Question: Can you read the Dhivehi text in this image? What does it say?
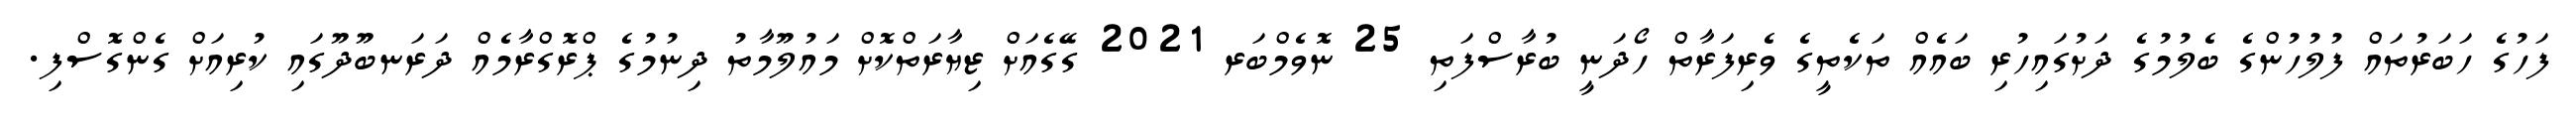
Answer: ފަހުގެ ހަބަރުތައް ފުލުހުންގެ ބެލުމުގެ ދަށުގައިހުރި ބައެއް ތަކެތީގެ ވެރިފަރާތް ހޯދަނީ ބުރާސްފަތި 25 ނޮވެމްބަރ 2021 ގޭގެއަށް ޒިޔާރަތްކޮށް މައުލޫމާތު ދިނުމުގެ ޕްރޮގްރާމެއް ދަރަނބޫދޫގައި ކުރިއަށް ގެންގޮސްފި.